Indian journal of veterinary science and animal husbandry - Volumes 15-17, 1948-1951
Year: 1948
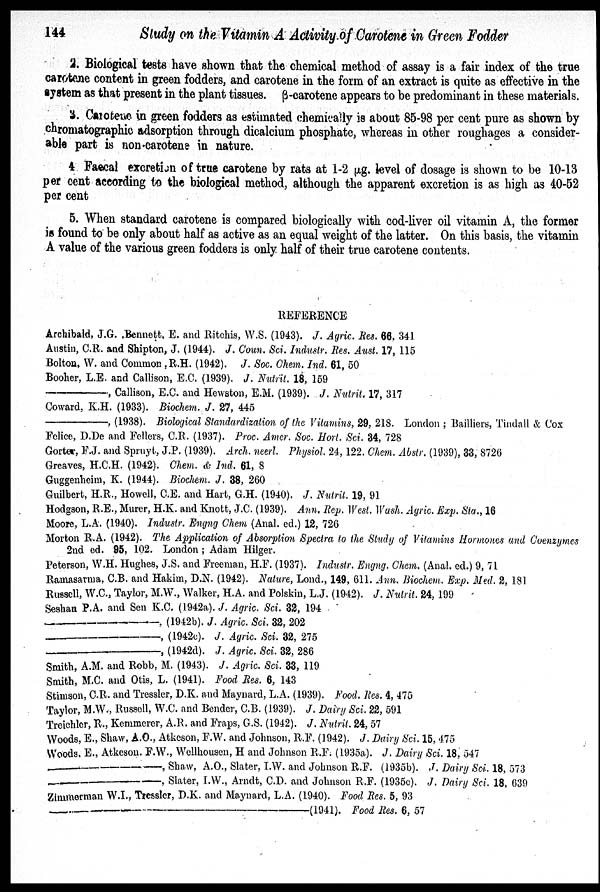
144
Study on the Vitamin A Activity of Carotene in Green Fodder
2. Biological tests have shown that the chemical method of assay is a fair index of the true
carotene content in green fodders, and carotene in the form of an extract is quite as effective in the
system as that present in the plant tissues. ß-carotene appears to be predominant in these materials.
3. Carotene in green fodders as estimated chemically is about 85-98 per cent pure as shown by
chromatographic adsorption through dicalcium phosphate, whereas in other roughages a consider-
able part is non-carotene in nature.
4 Faecal excretion of true carotene by rats at 1-2 µg. level of dosage is shown to be 10-13
per cent according to the biological method, although the apparent excretion is as high as 40-52
per cent
5. When standard carotene is compared biologically with cod-liver oil vitamin A, the former
is found to be only about half as active as an equal weight of the latter. On this basis, the vitamin
A value of the various green fodders is only half of their true carotene contents.
REFERENCE
Archibald, J.G. Bennett, E. and Ritchis, W.S. (1943). J. Agric. Res. 66, 341
Austin, C.R. and Shipton, J. (1944). J. Coun. Sci. Industr. Res. Aust. 17, 115
Bolton, W. and Common ,R.H. (1942). J. Soc. Chem. Ind. 61, 50
Booher, L.E. and Callison, E.C. (1939). J. Nutrit. 18, 159
—,
Callison, E.C. and Hewston, E.M. (1939). J. Nutrit. 17, 317
Coward, K.H. (1933). Biochem. J. 27, 445
—,
(1938). Biological Standardization of the Vitamins, 29, 218. London ; Bailliers, Tindall & Cox
Felice, D.De and Fellers, C.R. (1937). Proc. Amer. Soc. Hort. Sci. 34, 728
Gorter, F.J. and Spruyt, J.P. (1939). Arch. neerl. Physiol. 24, 122. Chem. Abstr. (1939), 33, 8726
Greaves, H.C.H. (1942). Chem. & Ind. 61, 8
Guggenheim, K. (1944). Biochem. J. 38, 260
Guilbert, H.R., Howell, C.E. and Hart, G.H. (1940). J. Nutrit. 19, 91
Hodgson, R.E., Murer, H.K. and Knott, J.C. (1939). Ann. Rep. West. Wash. Agric. Exp. Sta., 16
Moore, L.A. (1940). Industr. Engng Chem (Anal. ed.) 12, 726
Morton R.A. (1942). The Application of Absorption Spectra to the Study of Vitamins Hormones and Coenzymes
2nd ed. 95, 102. London ; Adam Hilger.
Peterson, W.H. Hughes, J.S. and Freeman, H.F. (1937). Industr. Engng. Chem. (Anal. ed.) 9, 71
Ramasarma, C.B. and Hakim, D.N. (1942). Nature, Lond., 149, 611. Ann. Biochem. Exp. Med. 2, 181
Russell, W.C., Taylor, M.W., Walker, H.A. and Polskin, L.J. (1942). J. Nutrit. 24, 199
Seshan P.A. and Sen K.C. (1942a). J. Agric. Sci. 32, 194
—,
(1942b). J. Agric. Sci. 32, 202
—,
(1942c). J. Agric. Sci. 32, 275
—,
(1942d). J. Agric. Sci. 32, 286
Smith, A.M. and Robb, M. (1943). J. Agric. Sci. 33, 119
Smith, M.C. and Otis, L. (1941). Food Res. 6, 143
Stimson, C.R. and Tressler, D.K. and Maynard, L.A. (1939). Food. Res. 4, 475
Taylor, M.W., Russell, W.C. and Bender, C.B. (1939). J. Dairy Sci. 22, 591
Treichler, R., Kemmerer, A.R. and Fraps, G.S. (1942). J. Nutrit. 24, 57
Woods, E., Shaw, A.O., Atkeson, F.W. and Johnson, R.F. (1942). J. Dairy Sci. 15, 475
Woods. E., Atkeson. F.W., Wellhousen, H and Johnson R.F. (1935a). J. Dairy Sci. 18, 547
—,
Shaw, A.O., Slater, I.W. and Johnson R.F. (1935b). J. Dairy Sci. 18, 573
—,
Slater, I.W., Arndt, C.D. and Johnson R.F. (1935c). J. Dairy Sci. 18, 639
Zimmerman W.I., Tressler, D.K. and Maynard, L.A. (1940). Food Res. 5, 93
—(1941).
Food Res. 6, 57